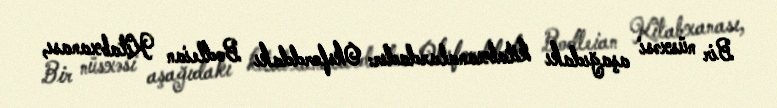
Bir nüsxəsi aşağıdakı kitabxanalardadır: Oksforddakı Bodleian Kitabxanası,